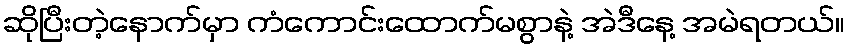
ဆိုပြီးတဲ့နောက်မှာ ကံကောင်းထောက်မစွာနဲ့ အဲဒီနေ့ အမဲရတယ်။